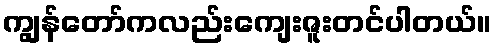
ကျွန်တော်ကလည်းကျေးဇူးတင်ပါတယ်။